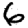
Digit: 6